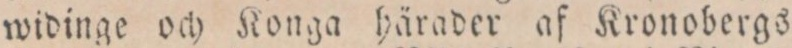
widinge och Konga härader af Kronobergs